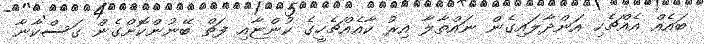
ބައެއް އެއްޗެހި އަންދާލައިގެން ނައްތާލާ އިރު ކާއެއްޗެހީގެ ކުންޏާއި ފަތް ބޭނުންކޮށްގެން ގަސްކާނާ